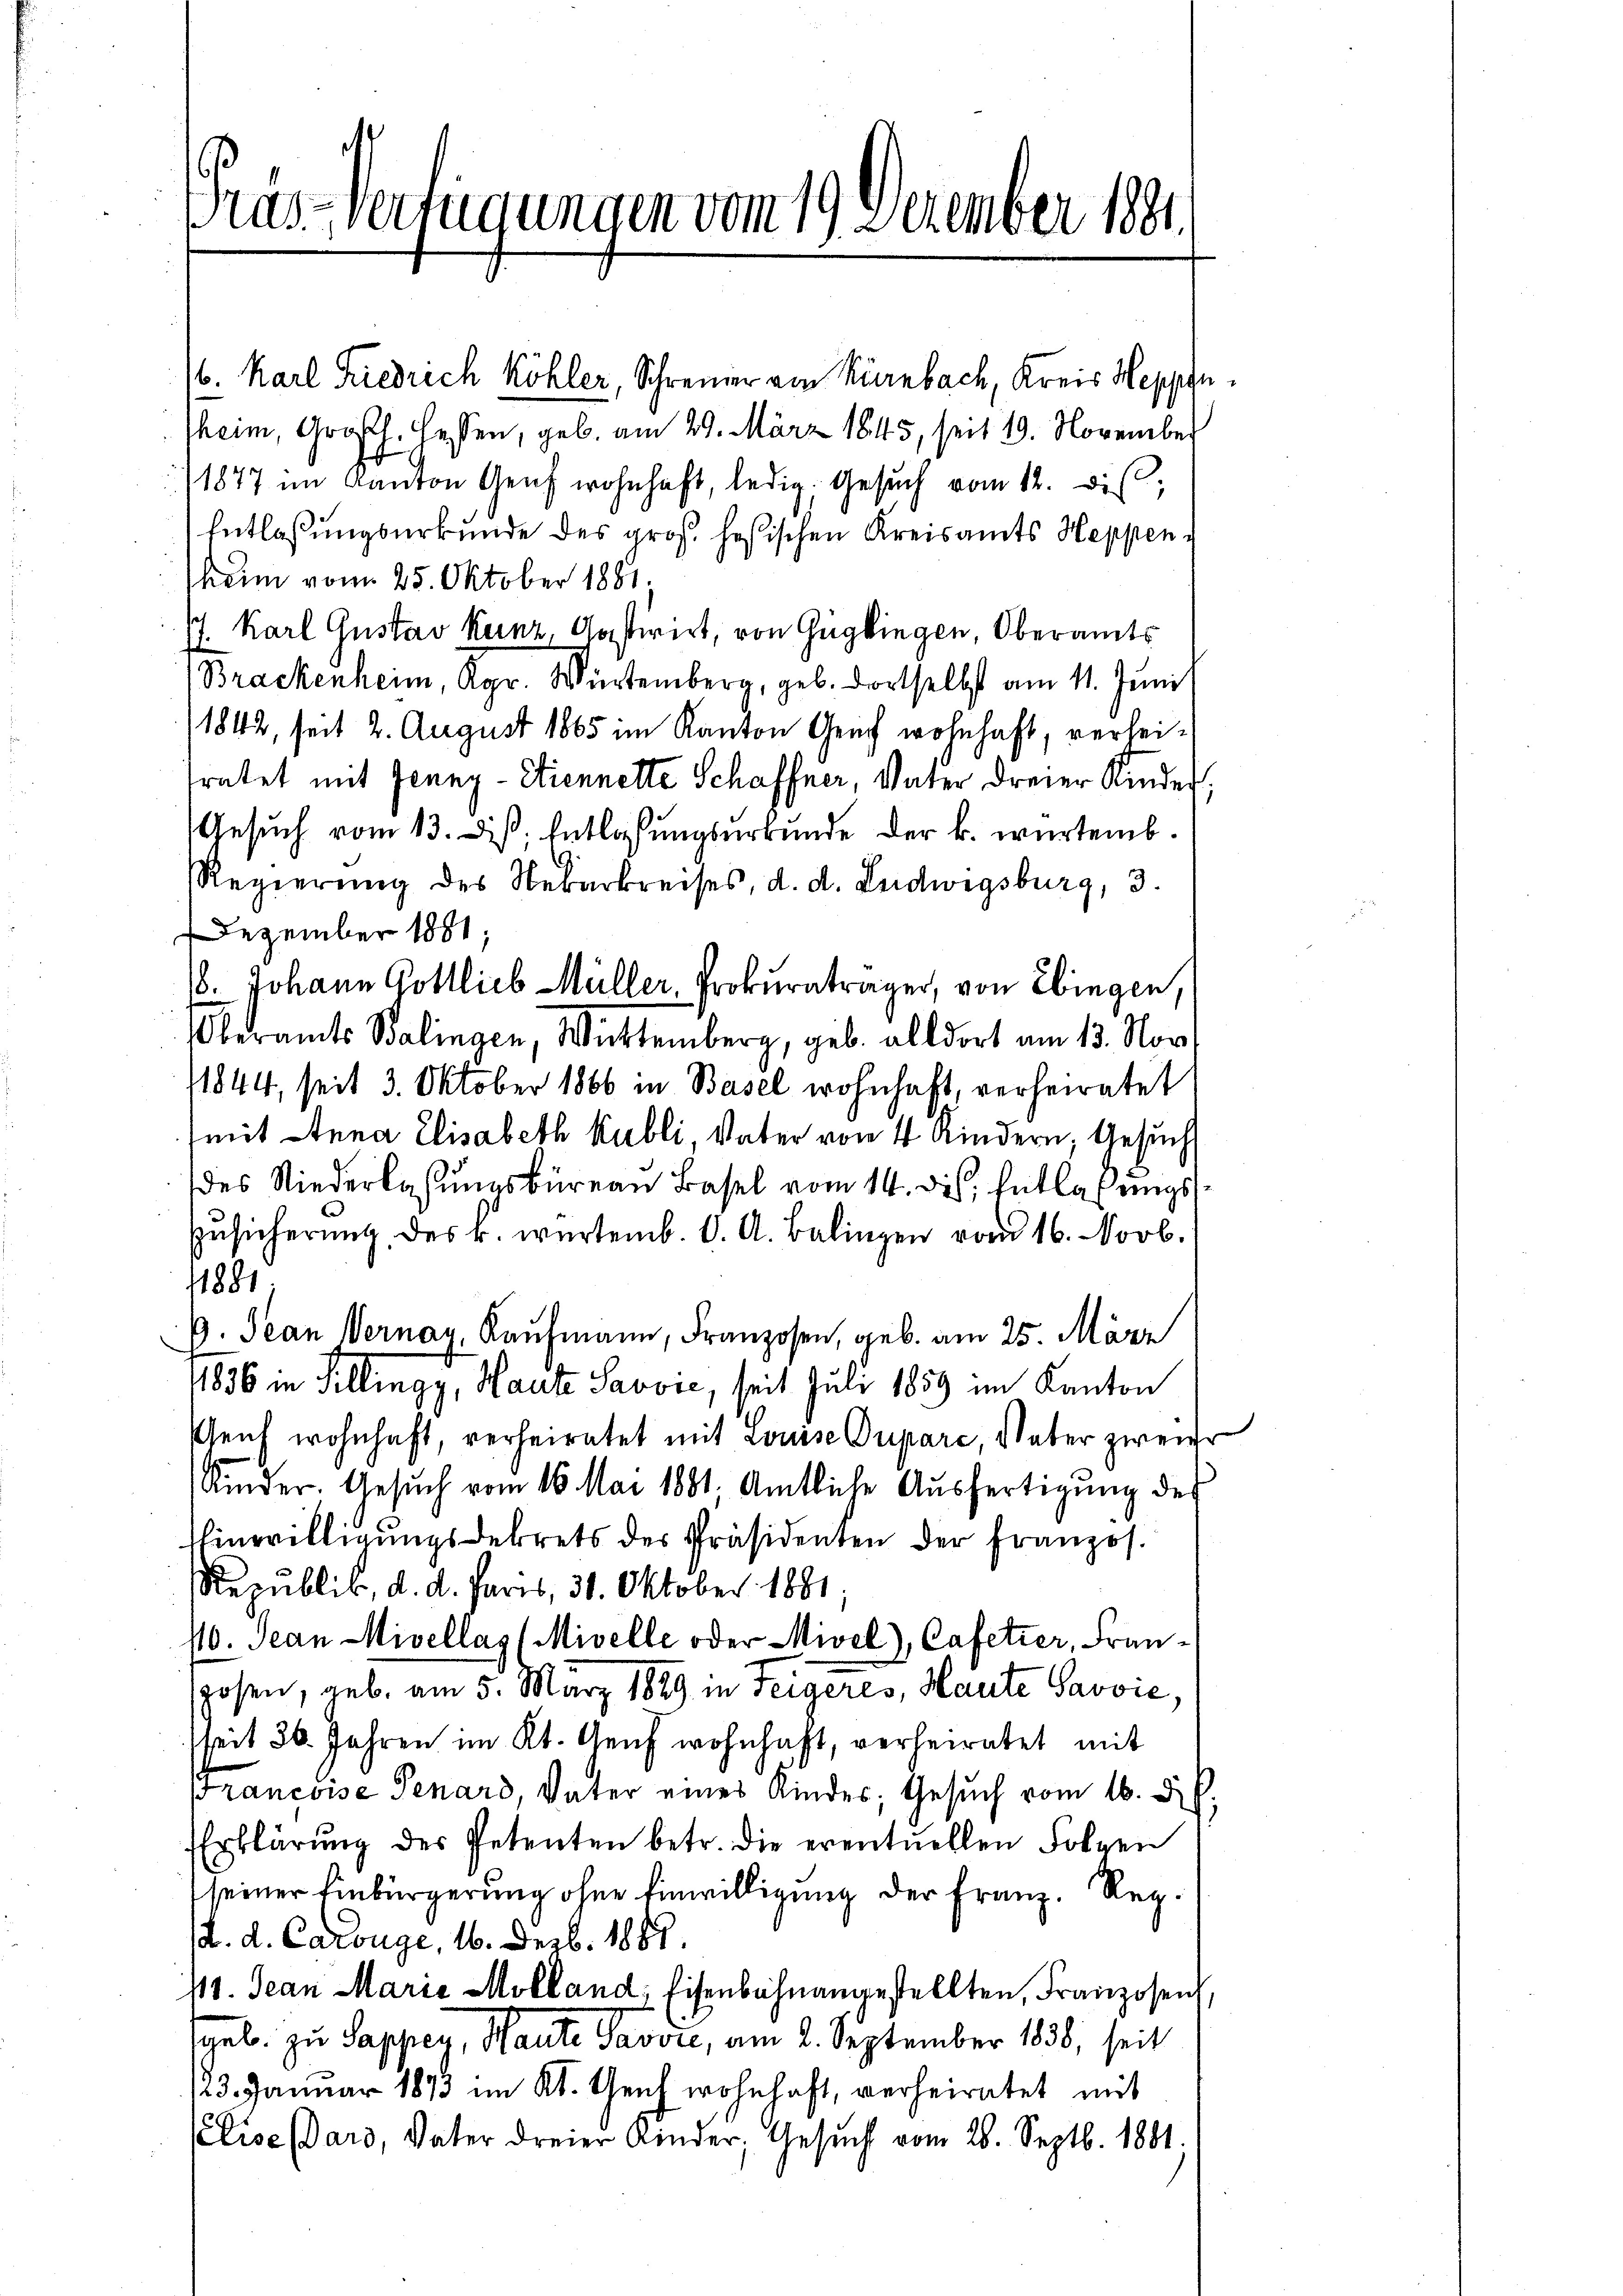
Präs-Verfügungen vom 19. Dezember 1891.

16. Karl Friedrich Köhler, Schreiner von Nürnbach, Kreis Heppinsheim, Großh. Hessen, geb. am 29. März 1845, seit 19. November
)1877 im Kanton Genf wohnhaft, ledig, Gesŭch vom 12. dis;
Entlassungsurkunde des groß hesischen Kreisamts Heppenheim vom 25. Oktober 1881.
J. Karl Gustav Kunz, Anstirirt, von Gügkingen, Oberamts
Brackenheim, Kgr. Würtemberg, geb. dortselbst am 11. Juni
1842, seit 2. August 1865 im Kanton Gerich wohnhaft, verheitratet mit Jenny - Etiennette Schaffner, Vater dreier Kinder
Gesŭch vom 13. Dist. Entlassungsurkunde der k. würtemb.
Regierung des Nekarkreises, d. d. Ludwigsburg, 3.
Dezember 1881;
18. Johann Gottlieb Müller, Prokuratrager, von Ebingen,
Oberamts Balingen, Württemberg, geb. alldort am 13. Nov.
11844, seit 3. Oktober 1866 in Basel wohnhaft, verheiratet
mit Anna Elisabeth Kubli, Vater von 4 Kindern, Gesuch
des Niederlassungsbüreau Basel vom 14. des Entlaßungs
Zŭsicherŭng des k. würtemb. C. A. Balingen vom 16. Novb.
11881
G. Jean Vernay, Kaufmann, Franzosen, geb. am 25. März
11836 in Pillingg, Haute Savvić, seit Juli 1859 im Kanton
Gleich wohnhaft, verheiratet mit Louise Puparc, Vater zweier
Kinder. Gesuch vom 16. Mai 1881. Amtliche Ausfertigung des
Einwilligŭngsdekrets der Präsidenten der Franzos.
Republik, d. d. Paris, 30. Oktober 1881.
10. Jean Mivellas (Mivelle oder Mivel), Cafetier, Franhosen, geb. am 5. März 1889 in Teigeres, Haute Savvić,
sseit 36. Jahren im Kt. Genf wohnhaft, verheiratet mit
rancoise Tenard, Vater eines Kinder, Gesŭch vom 16. d. h.
Erklärŭng des Petenten betr. die eventuellen Folgen
(seiner Einbürgerung ohne Einwilligung der Franz. Regd. d. Carouge, 16. Dezbr. 1881.
411. Jean Marie Molland, Eisenbahnangestellten, Franzosen
gel. zu Sappey, Haute Pavore, am 2. September 1838, seit
123. Januar 1873 im Kt. Genf wohnhaft, verheiratet mit
Plise Dars, Vater dreier Kinder, Gesŭch vom 26. Septb. 1881.